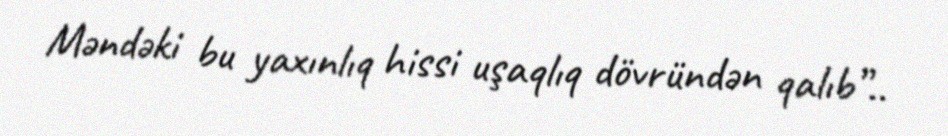
Məndəki bu yaxınlıq hissi uşaqlıq dövründən qalıb”..